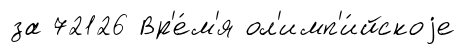
за 72126 Вр'е́м'я ол'имп'и́йскоjе